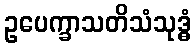
ဥပေက္ခာသတိသံသုဒ္ဓံ